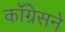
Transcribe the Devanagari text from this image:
कॉँग्रेसने